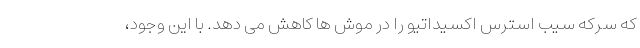
که سرکه سیب استرس اکسیداتیو را در موش ها کاهش می دهد. با این وجود،